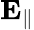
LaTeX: \mathbf{E}_{\parallel}